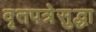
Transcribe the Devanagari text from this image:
वृतपत्रेसुद्धा